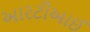
આરટીઆઈ